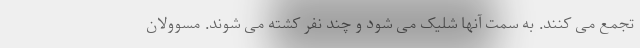
تجمع می کنند. به سمت آنها شلیک می شود و چند نفر کشته می شوند. مسوولان